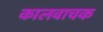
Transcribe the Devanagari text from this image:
कालवाचक